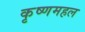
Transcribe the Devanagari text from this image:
कृष्णमहल